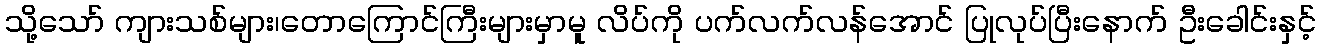
သို့သော် ကျားသစ်များ၊တောကြောင်ကြီးများမှာမူ လိပ်ကို ပက်လက်လန်အောင် ပြုလုပ်ပြီးနောက် ဦးခေါင်းနှင့်